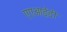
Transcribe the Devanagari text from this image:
एएआईडी